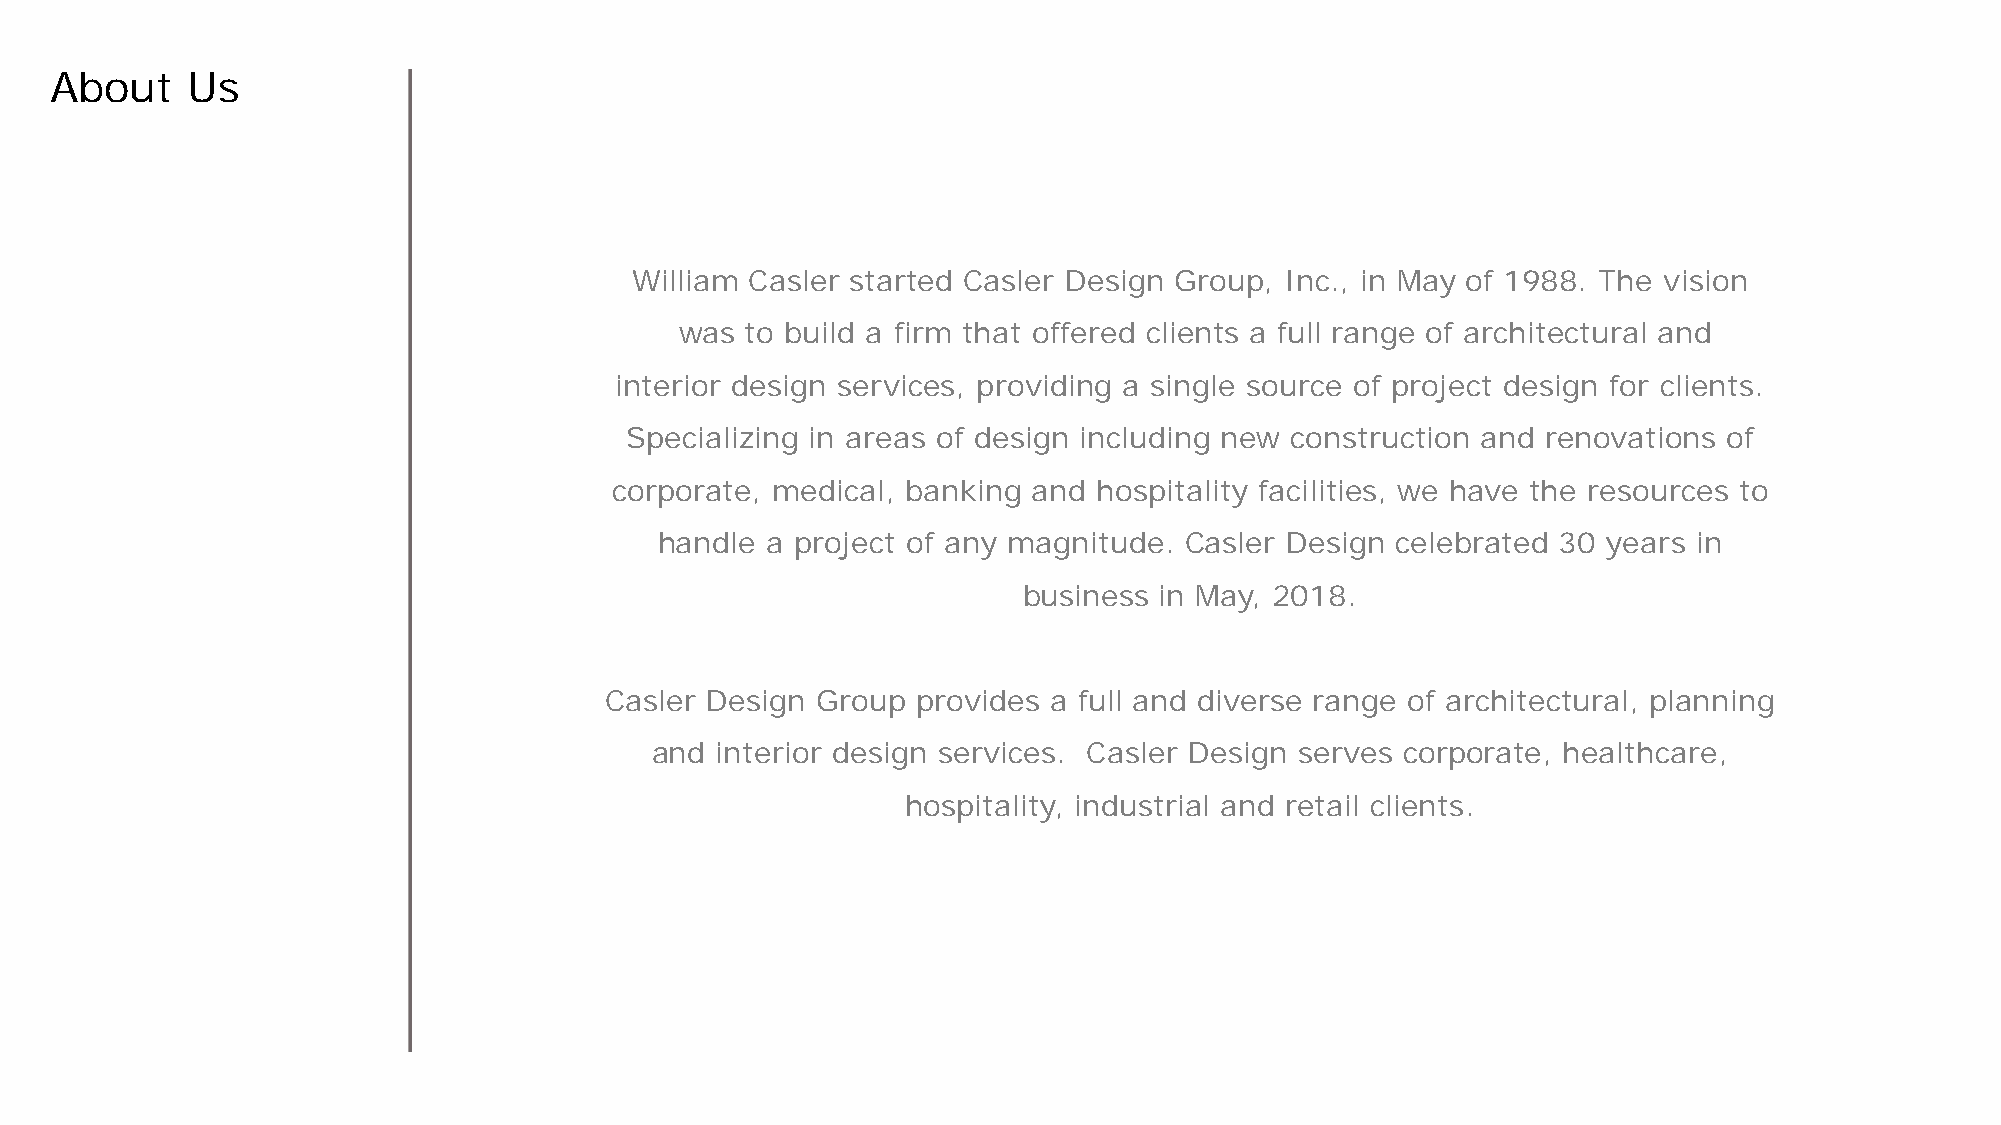
About    Us
 William Casler started Casler Design Group, Inc., in May of 1988. The vision
 was to build a firm that offered clients a full range of architectural and
 interior design services, providing a single source of project design for clients.
 Specializing in areas of design including new construction and renovations of
 corporate, medical, banking and hospitality facilities, we have the resources to
 handle a project of any magnitude. Casler Design celebrated 30 years in
 business in May, 2018.
 Casler Design Group  provides a full and diverse range of architectural, planning
 and interior design services. Casler Design serves corporate, healthcare,
 hospitality, industrial and retail clients.